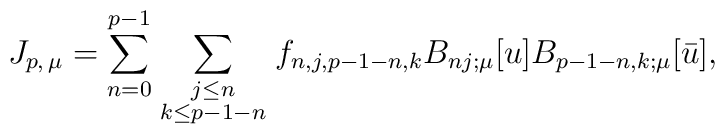
J_{p,\, \mu}=\sum_{n=0}^{p-1}   \sum_{{\scriptstyle j \le n}\atop{\scriptstyle k \le p-1-n}}  f_{n,j,p-1-n,k} B_{nj;\mu}[u] B_{p-1-n,k;\mu}[\bar{u}],